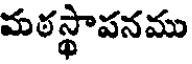
మఠస్థాపనము